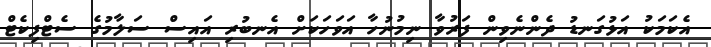
އެކަމަކު އަޅުގަނޑު ދެންނެވިން ފަރުވާ ނިމުނުހާ އަވަހަކަށް އެނބުރި އައިސް ސަލާމުގެ ސެޓްފިކެޓް